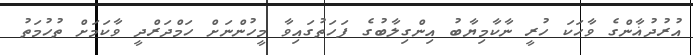
އުރުދުޣާންގެ ވާހަކަ ހުރީ ނާކާމިޔާބު އިންގިލާބުގެ ފަހަތުގައިވާ މީހުންނަށް ހަމްދަރްދީ ވާކަމަށް ތުހުމަތު